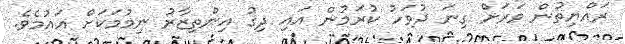
ރައްޔިތުން ވަރަށް ގިނަ ދުވަހު ކުރަމުން އައި ދިގު އިންތިޒާރު ނިމުމަކަށް އައުމެވެ.